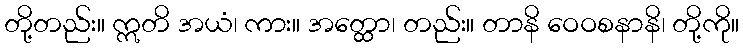
တို့တည်း။ ဣတိ အယံ၊ ကား။ အတ္ထော၊ တည်း။ တာနိ ဝေဝစနာနိ၊ တို့ကို။